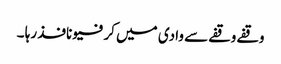
وقفے وقفے سے وادی میں کرفیو نافذ رہا ۔